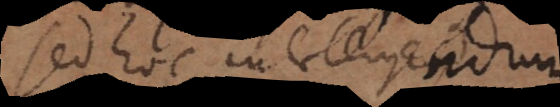
Sed hoc intelligendum,